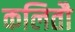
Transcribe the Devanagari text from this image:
कलितौ